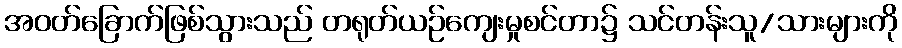
အဝတ်ခြောက်ဖြစ်သွားသည် တရုတ်ယဉ်ကျေးမှုစင်တာ၌ သင်တန်းသူ/သားများကို